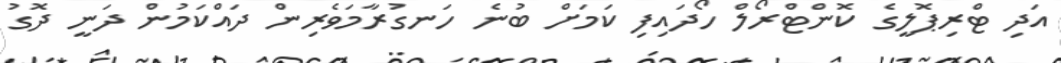
އަދި ޓްރިޕޮލީގެ ކޮންޓްރޯލް ހޯދައިފި ކަމަށް ބުނެ ހަނގުރާމަވެރިން ދައްކަމުން ދަނީ ދޮގު